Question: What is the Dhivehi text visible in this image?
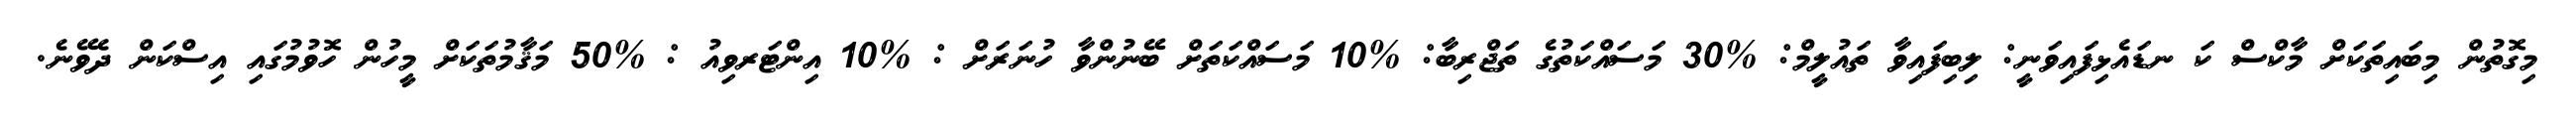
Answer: މިގޮތުން މިބައިތަކަށް މާކްސް ކަ ނޑައެޅިފައިވަނީ: ލިބިފައިވާ ތައުލީމް: %30 މަސައްކަތުގެ ތަޖްރިބާ: %10 މަސައްކަތަށް ބޭނުންވާ ހުނަރަށް : %10 އިންޓަރވިއު : %50 މަޤާމުތަކަށް މީހުން ހޮވުމުގައި އިސްކަން ދެވޭނެ.